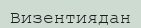
Визентиядан